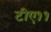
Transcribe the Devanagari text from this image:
टीए११